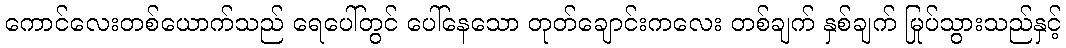
ကောင်လေးတစ်ယောက်သည် ရေပေါ်တွင် ပေါ်နေသော တုတ်ချောင်းကလေး တစ်ချက် နှစ်ချက် မြုပ်သွားသည်နှင့်